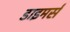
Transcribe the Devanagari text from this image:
डाइमर्स